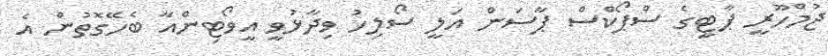
ޖުމްހޫރީ ޕާޓީގެ ސްޕޯކްސް ޕާސަން އަލީ ސޯލިހު ވިދާޅުވީ އީވޯޓިންއާ ބެހޭގޮތުން އެ